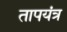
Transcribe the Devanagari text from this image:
तापयंत्र